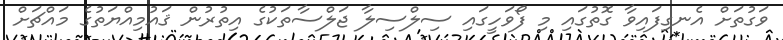
ވަގުތަށް އެނގިފައިވާ ގޮތުގައި މި ފޯވަހީގައި ސިލްސިލާ ޖަލްސާތަކުގެ އިތުރުން ޤައުމިއްޔަތުގެ މައްޗަށް